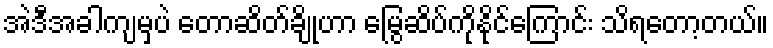
အဲဒီအခါကျမှပဲ တောဆိတ်ချိုဟာ မြွေဆိပ်ကိုနိုင်ကြောင်း သိရတော့တယ်။